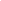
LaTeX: \begin{array}{rc}\end{array}